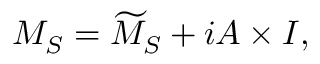
M _ { S } = \widetilde { M } _ { S } + i { \cal A } \times I ,